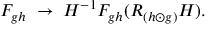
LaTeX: F _ { g h } \; \rightarrow \; H ^ { - 1 } F _ { g h } ( R _ { ( h \odot g ) } H ) .